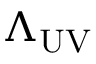
\Lambda _ { \mathrm { U V } }